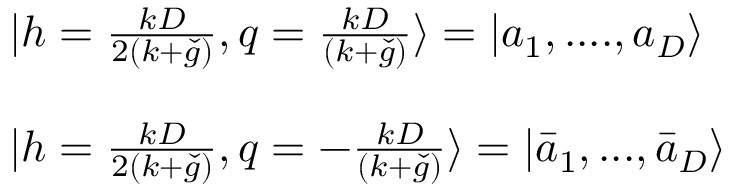
\begin{array} { l } { { | h = \frac { k D } { 2 ( k + \check { g } ) } , q = \frac { k D } { ( k + \check { g } ) } \rangle = | a _ { 1 } , . . . . , a _ { D } \rangle } } \\ { { \ } } \\ { { | h = \frac { k D } { 2 ( k + \check { g } ) } , q = - \frac { k D } { ( k + \check { g } ) } \rangle = | \bar { a } _ { 1 } , . . . , \bar { a } _ { D } \rangle } } \end{array}